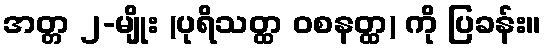
အတ္တ ၂-မျိုး (ပုရိသတ္ထ ဝစနတ္ထ) ကို ပြခန်း။